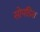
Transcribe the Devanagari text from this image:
सोपडिश